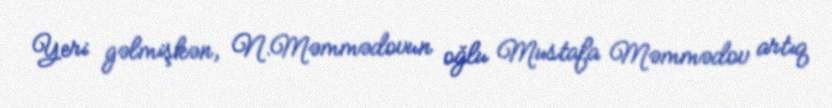
Yeri gəlmişkən, N.Məmmədovun oğlu Mustafa Məmmədov artıq